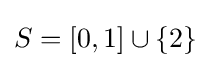
S=[0,1]\cup \{2\}